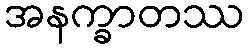
အနက္ခာတဿ